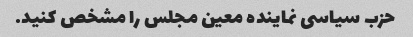
حزب سیاسی نماینده معین مجلس را مشخص کنید.